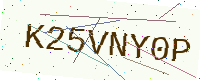
Text: K25VNY0P